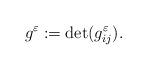
LaTeX: \begin{align*} g^\varepsilon:=\det (g^\varepsilon_{ij}).\end{align*}